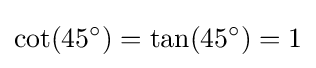
\cot(45^{\circ })=\tan(45^{\circ })=1